Bréfritari: Sigríður Pálsdóttir
Viðtakandi: Páll Pálsson
Dagsetning: A-1867-02-27
Skrifað á: Breiðabólsstað  Rang.
Páll var bróðir Sigríðar

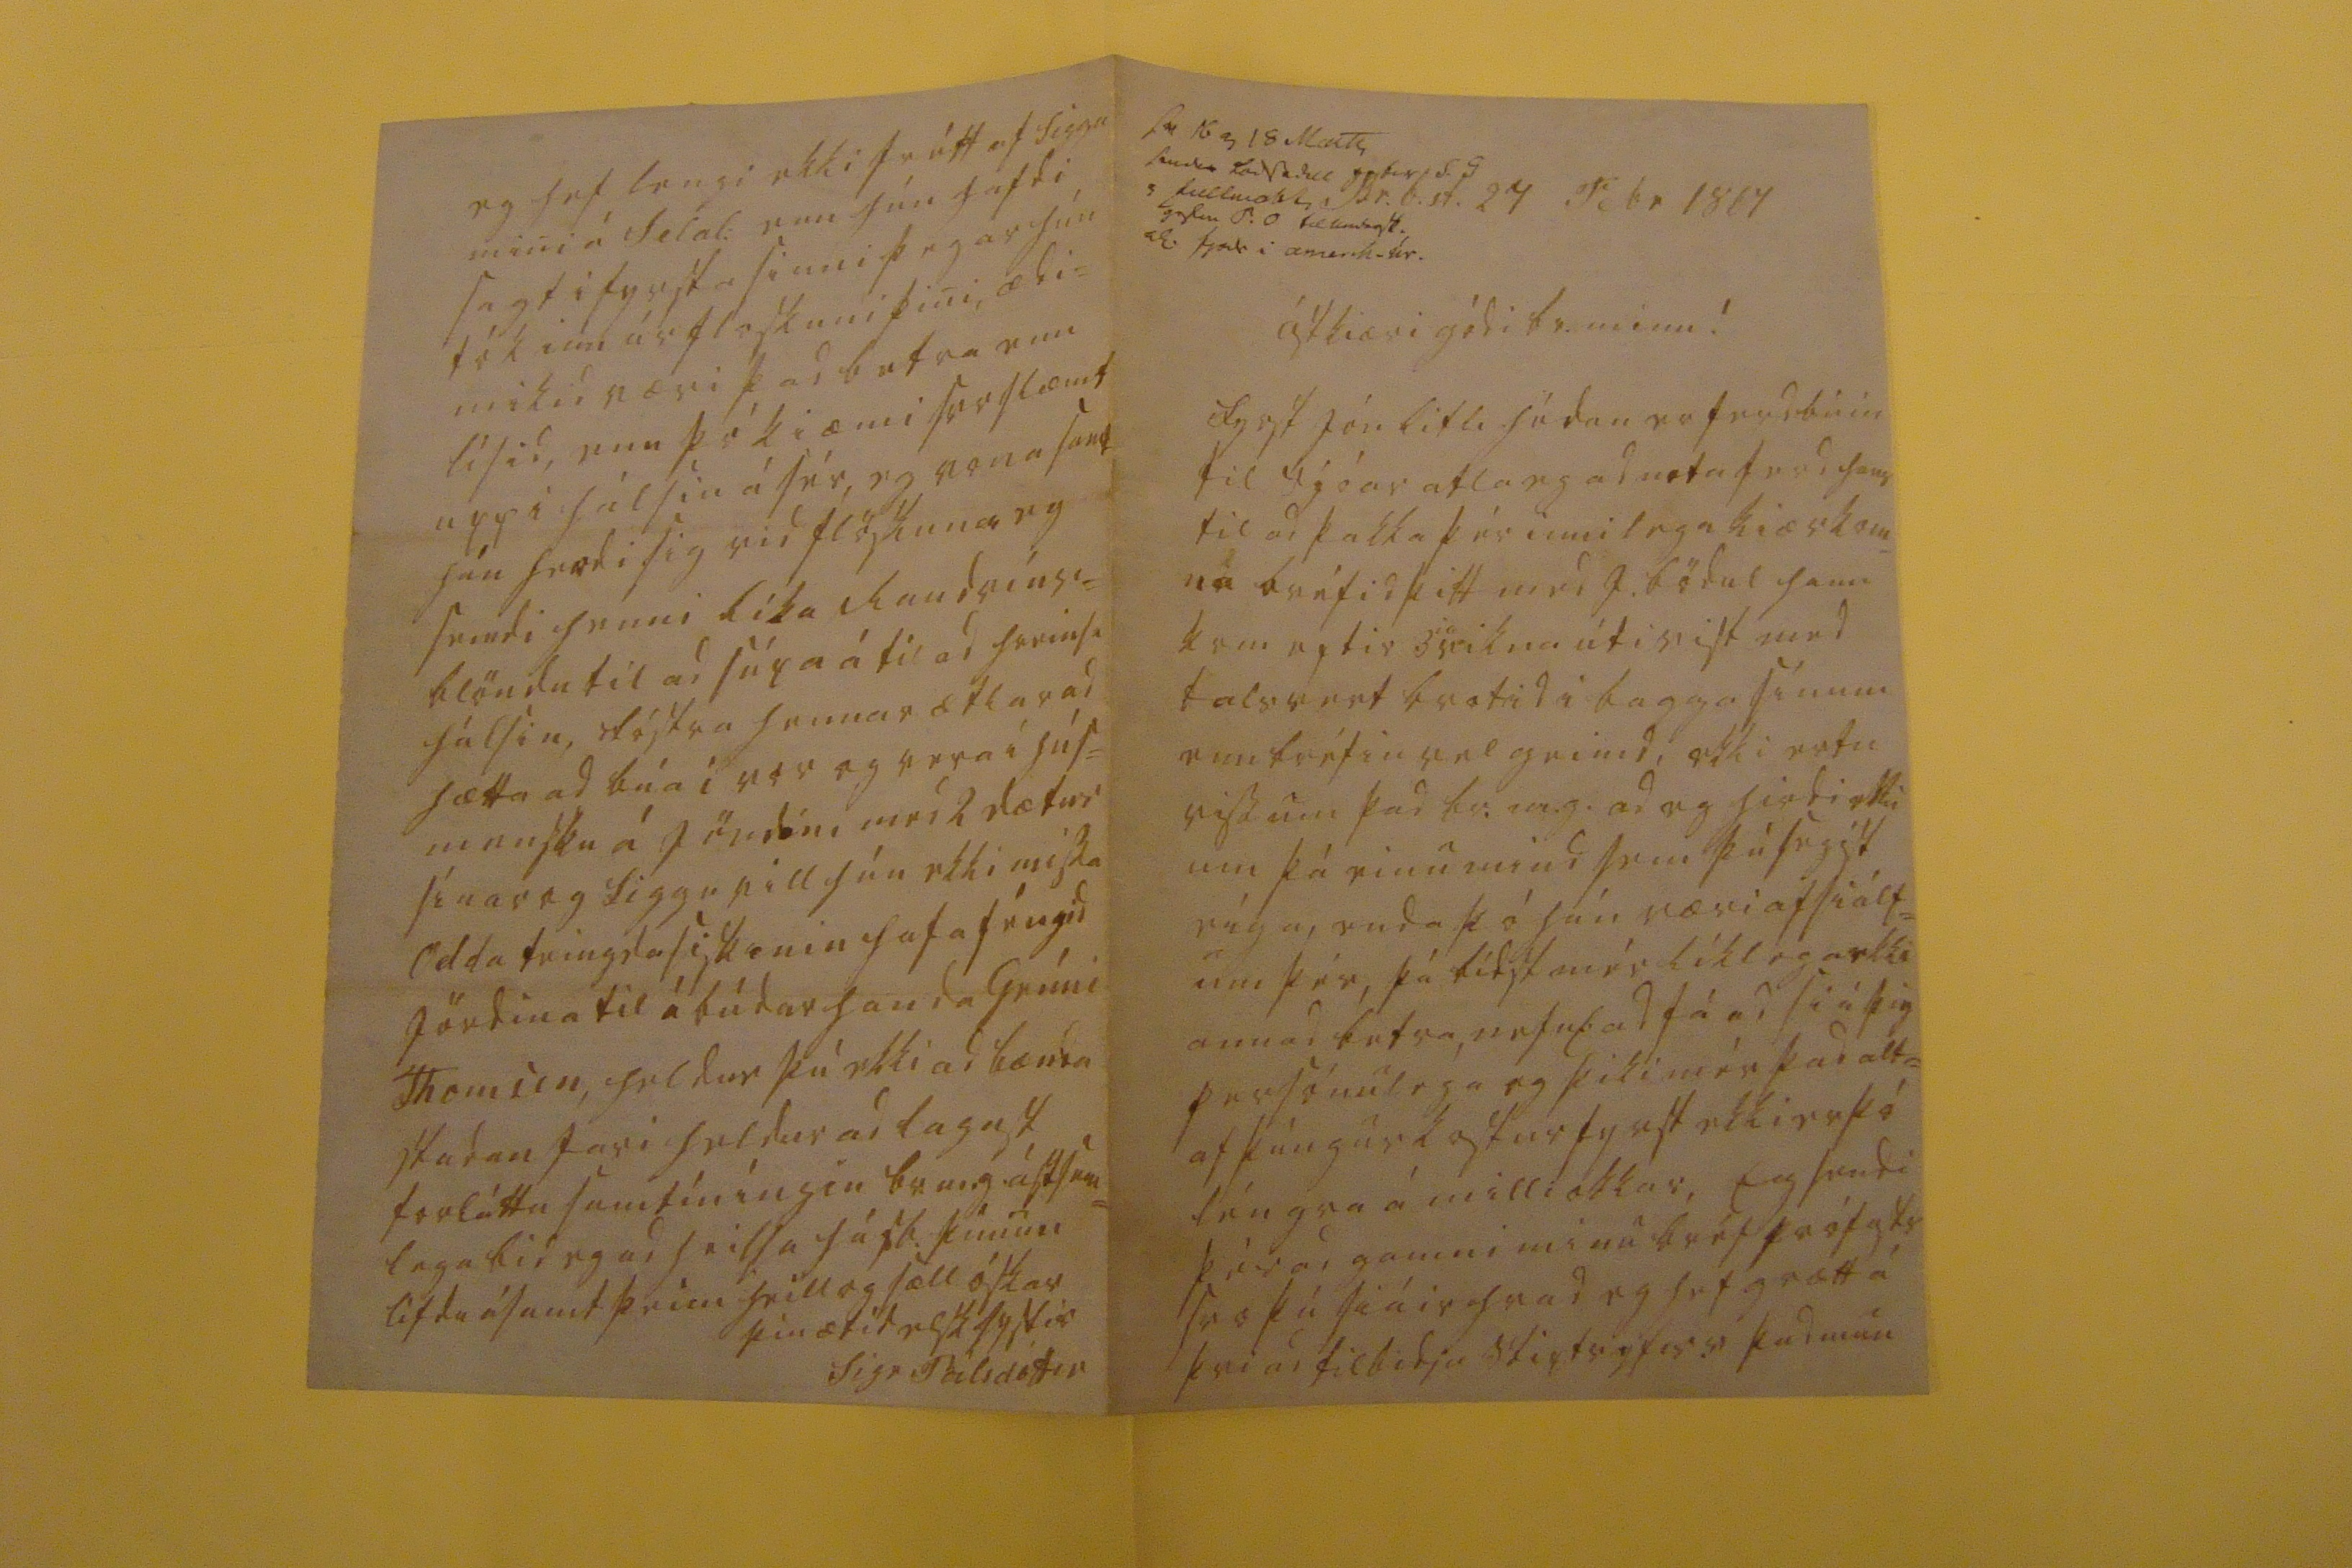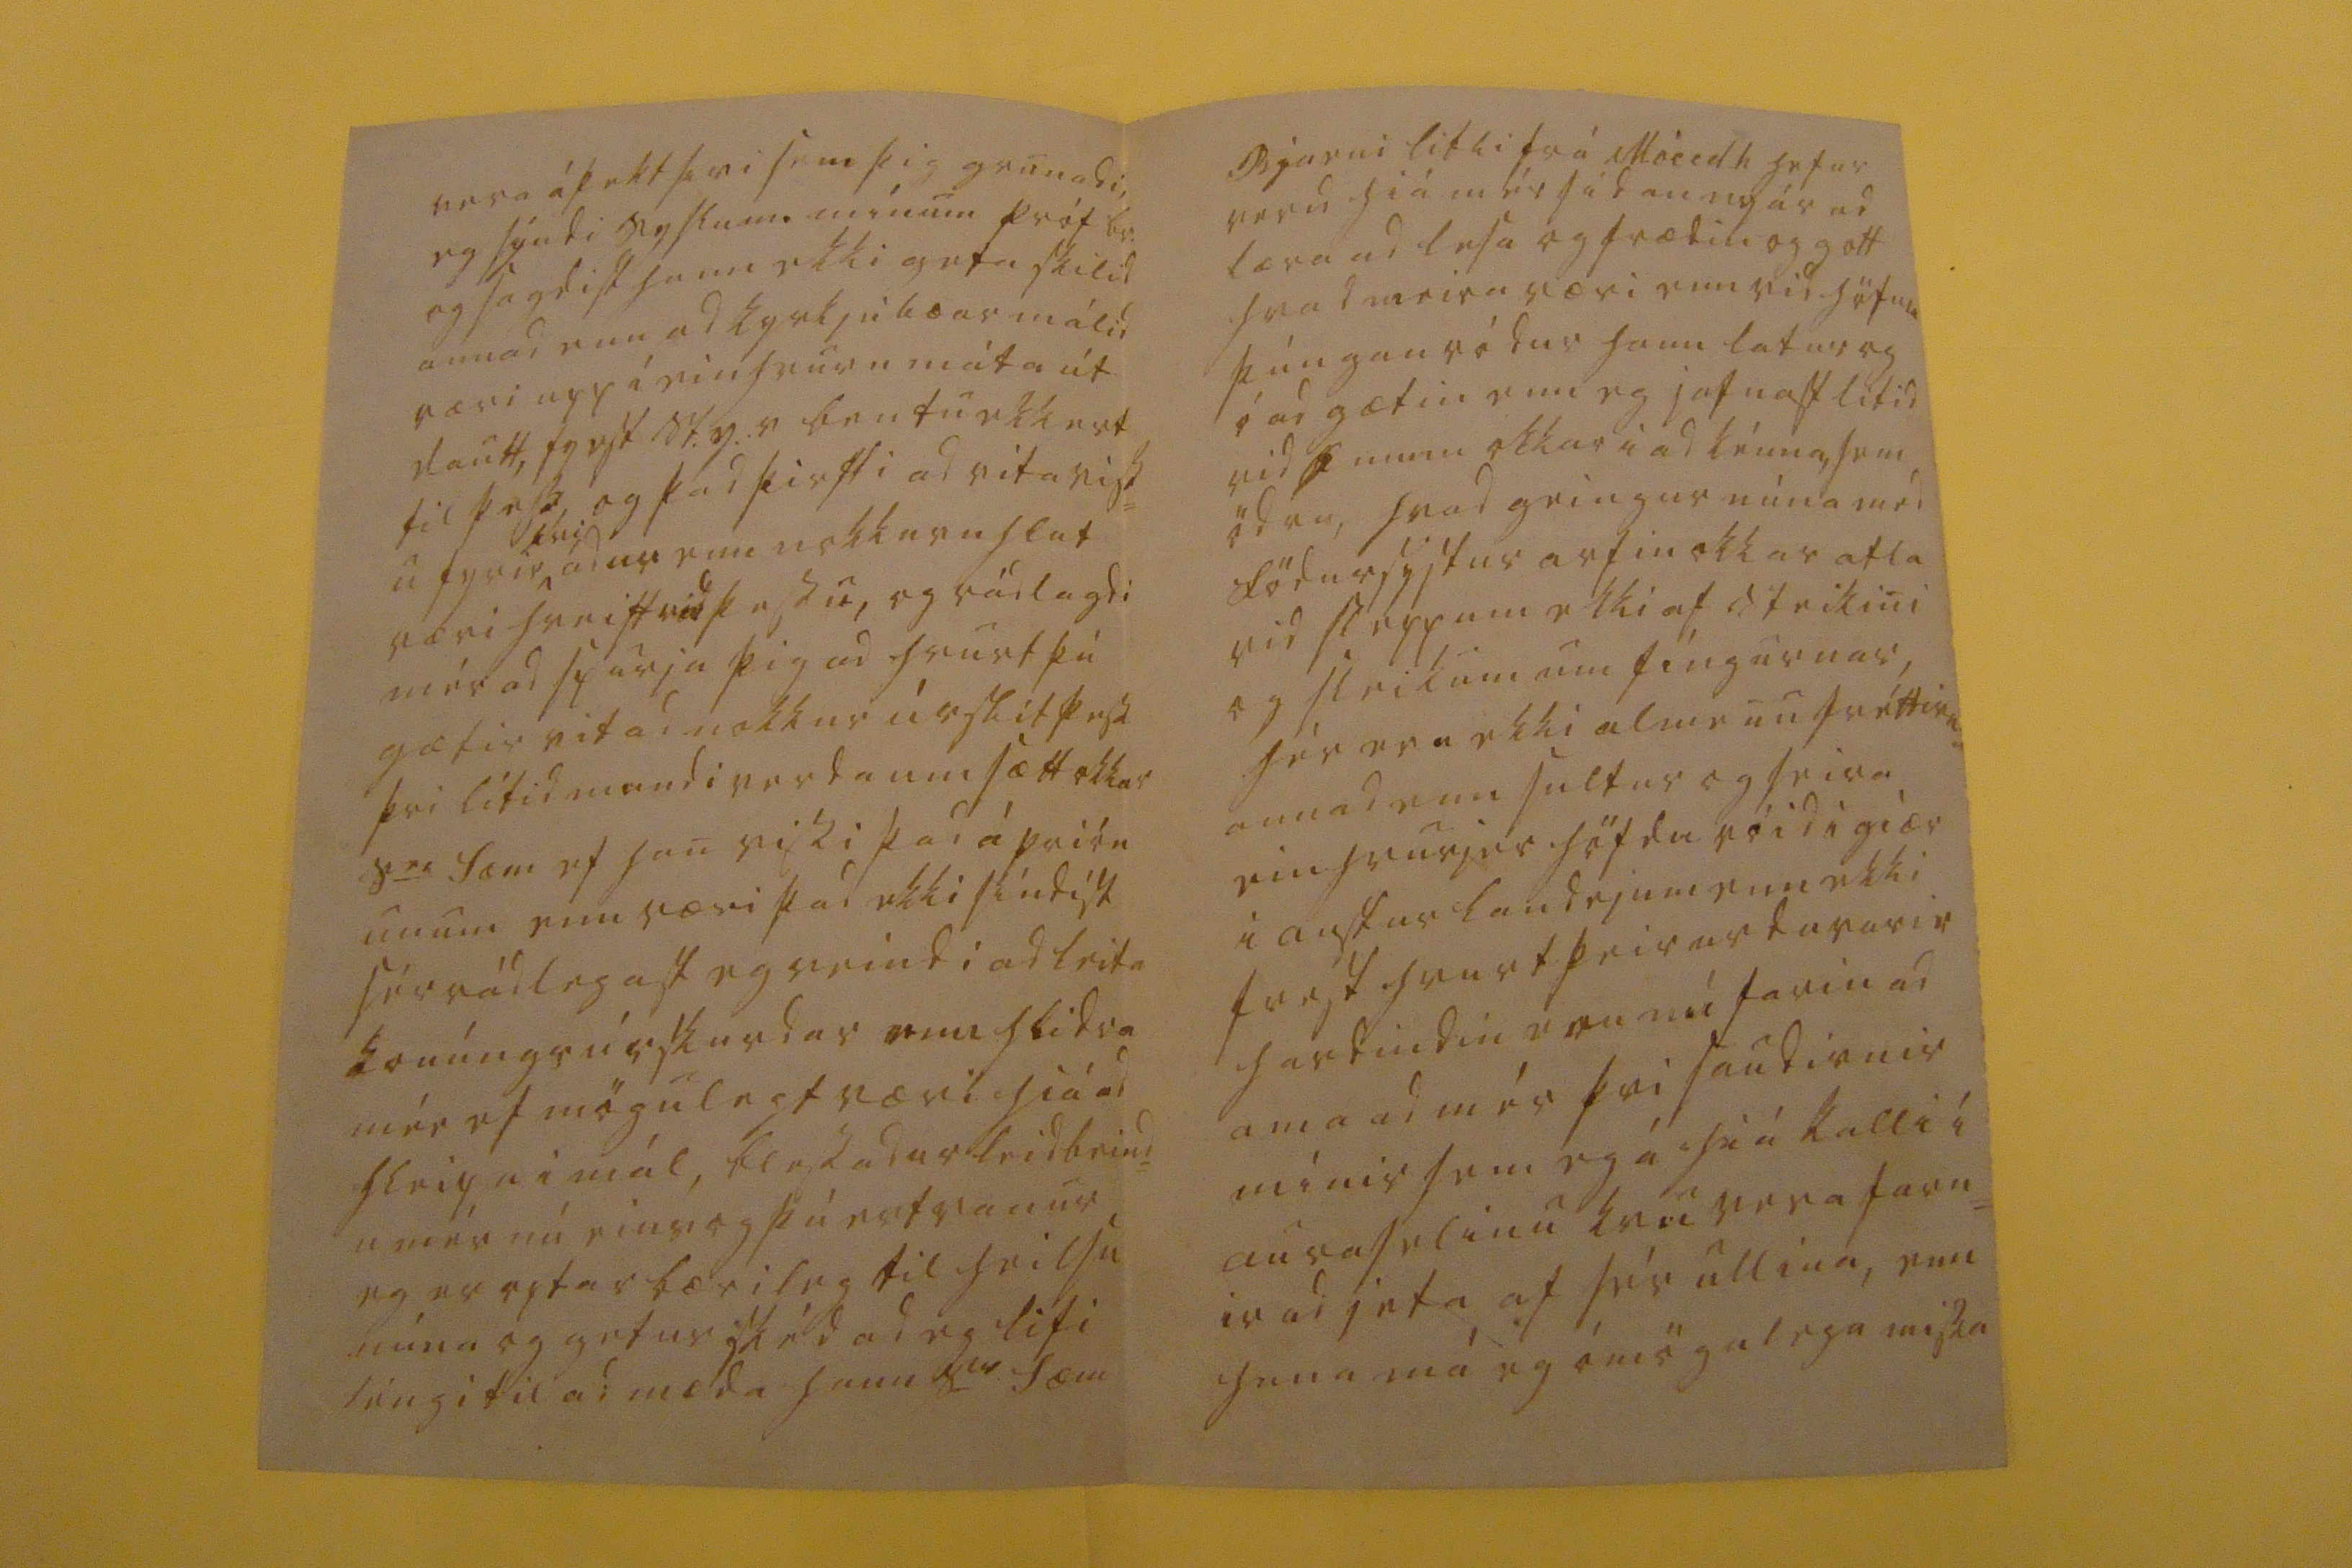

sv 16 og 18 Marts sendur 00 sedill getur S. G 0 full0000 0000 P. O 00000 0 fj00 i amerk.úr.
Br.b.st. 27 Febr. 1867
ástkiæri gódi br. minn!
fyrst Jón litli hédan er ferdbúin til sjóar atla eg ad nota ferd hans til ad þakka þér innilega kiærkom= na bréfid þitt med J. bödul hann kom eptir 3
ia
vikna útivist med talsvert brotid i bagga sínum enn bréfin vel geimd, ekki ertu viss um þad br.m.g. ad eg hirdi ekki um þá einu mind sem þú segist eiga, enda þó hún væri af siálf= um þér, þá bidst mér líklega ekki annad betra, nefnl: ad fá ad siá þig persónulega og þiki mér þad alt= af þúngur kostur fyrst ekki er þó léngra á milli okkar, Eg sendi þér ad gamni mínu bréf prófasts svo þú siáir hvad eg hef grætt á þvi ad tilbidja stiptsyfirv þad mun
vera áþekt þvi sem þig grunadi, eg sýndi syslum. mínum próf br. og sagdist hann ekki geta skilid annad enn ad kyrkjubæar málid væri upp á einhvurn máta út dautt, fyrst St.y.v bentu ekkert til þess og þad þirfti ad vita viss= u fyrir
þvi
ádur enn nokkurn hlut væri hreitt vid þessu, og rádlagdi mér ad spurja þig ad hvurt þú gætir vitad nokkur úrslit þess þvi lítid mundi verda um sætt okkar s
er
Sæm ef han vissi þad á prión unum enn væri þad ekki síndist sér rádlegast eg reindi ad leita konúngsúrskurdar enn hlidra mér ef mögulegt væri hiá ad hleipa i mál, blessadur leidbeind= u mér nú eins og þú ert vanur eg er optar bærileg til heilsu núna og getur skéd ad eg lifi léngi til ad mæda hann s
er
Sæm
Bjarni litli frá Móeidh hefur verid hiá mér sídan nyár ad læra ad lesa og frædin og gott hvad meira væri enn vid höfum þúngan ródur hann latur og óadgætin enn eg jafnast lítid vid Gunnu okkar i ad kénna, sem ödru, hvad geingur núna med födursystur arfin okkar atla vid sleppum ekki af steikini og sleikum um fíngurnar, hér eru ekki almenu fréttirnar annad en sultur og seira einhvurjur höfdu róid i giær i austur landejum enn ekki ferst hvurt þeir urdu varir hardindin eru nú farin ad ama ad mér þvi saudirnir mínir sem eg á hiá kalli í auraselinu kvu vera farn= ir ad jeta af sér ullina, enn hana má eg ómögulega missa
eg hef lengi ekki frétt af Siggu mini á Selal: enn hún hafdi sagt i fyrsta sinni þegar hún tók inn úr floskuni þini, ædi= mikid væri þad betra enn lísid, enn þo kiæmi svoslæmt upp i hálsin á sér, eg vona samt hún hrædi sig vid flöskuna eg sendi henni líka Raudvíns= blöndu til ad súpa á til ad hreinsa hálsin, fóstra hennar ætlar ad hætta ad búa i vor og vera i hús= mensku á jördini med 2 dætur sínar og Siggu vill hún ekki missa Odda teingdasiskinin hafa féngid jördina til ábúdar handa Grími Thomsen, heldur þú ekki ad bænda stadan fari heldur ad lagast forláttu samtíníngin br.m.g. ástsam= lega bid eg ad heilsa húsb. þínum lifdu ásamt þeim heill og sæll óskar
þín ætíd elsk systir
Sigr Pálsdóttir